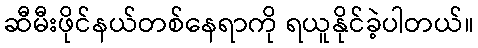
ဆီမီးဖိုင်နယ်တစ်နေရာကို ရယူနိုင်ခဲ့ပါတယ်။